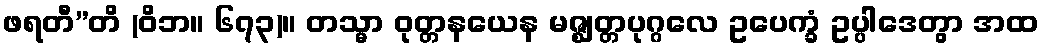
ဖရတီ”တိ (ဝိဘ။ ၆၇၃)။ တသ္မာ ဝုတ္တနယေန မဇ္ဈတ္တပုဂ္ဂလေ ဥပေက္ခံ ဥပ္ပါဒေတွာ အထ